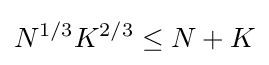
N^{1/3}K^{2/3}\leq N+K